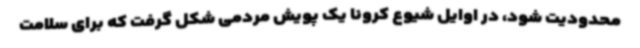
محدودیت شود، در اوایل شیوع کرونا یک پویش مردمی شکل گرفت که برای سلامت